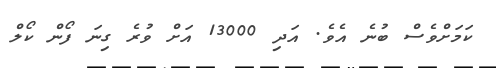
ކަމަށްވެސް ބުނެ އެވެ. އަދި 13000 އަށް ވުރެ ގިނަ ފޯން ކޯލް